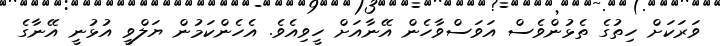
ވަރަކަށް ހިތުގެ ތެޅުންވެސް އަވަސްވާހެން އޭނާއަށް ހީވިއެވެ. އެހެންކަމުން ޔަލްވީ އުޅުނީ އޭނާގެ